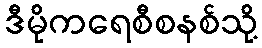
ဒီမိုကရေစီစနစ်သို့